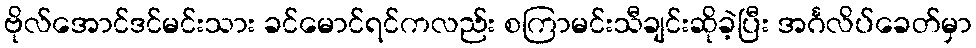
ဗိုလ်အောင်ဒင်မင်းသား ခင်မောင်ရင်ကလည်း စကြာမင်းသီချင်းဆိုခဲ့ပြီး အင်္ဂလိပ်ခေတ်မှာ